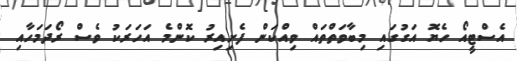
އެސްޓީއޯ ހެޔޮ އަގުގައި މިބާވަތްތައް ވިއްކަން ފެށިއިރު ކޮންމެ އަހަރަކު ވެސް ރޯދަމަހާއި